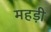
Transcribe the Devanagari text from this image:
महड़ी